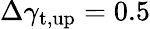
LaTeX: \Delta\gamma_{\mathrm{t,up}}=0.5